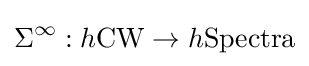
\Sigma ^{\infty }:h{\text{CW}}\to h{\text{Spectra}}